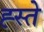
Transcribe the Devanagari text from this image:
ह्स्ते